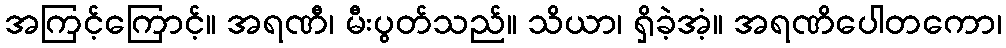
အကြင့်ကြောင့်။ အရဏီ၊ မီးပွတ်သည်။ သိယာ၊ ရှိခဲ့အံ့။ အရဏိပေါတကော၊